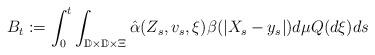
LaTeX: \begin{align*}B_t:= \int_0^t \int_{\mathbb{D} \times\mathbb{D} \times \Xi} \hat{\alpha}(Z_s, v_s, \xi) \beta(|X_s - y_s|)d\mu Q(d\xi) ds \end{align*}